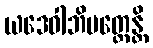
ယဒေဝါဘိပတ္ထေန္တိ